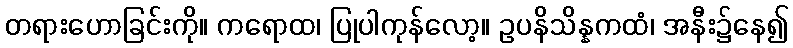
တရားဟောခြင်းကို။ ကရောထ၊ ပြုပါကုန်လော့။ ဥပနိသိန္နကထံ၊ အနီး၌နေ၍